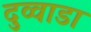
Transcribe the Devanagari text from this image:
दुव्वाडा